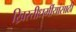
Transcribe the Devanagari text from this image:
ख्रिस्तीधर्मीयांसाठी